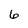
Character: 6